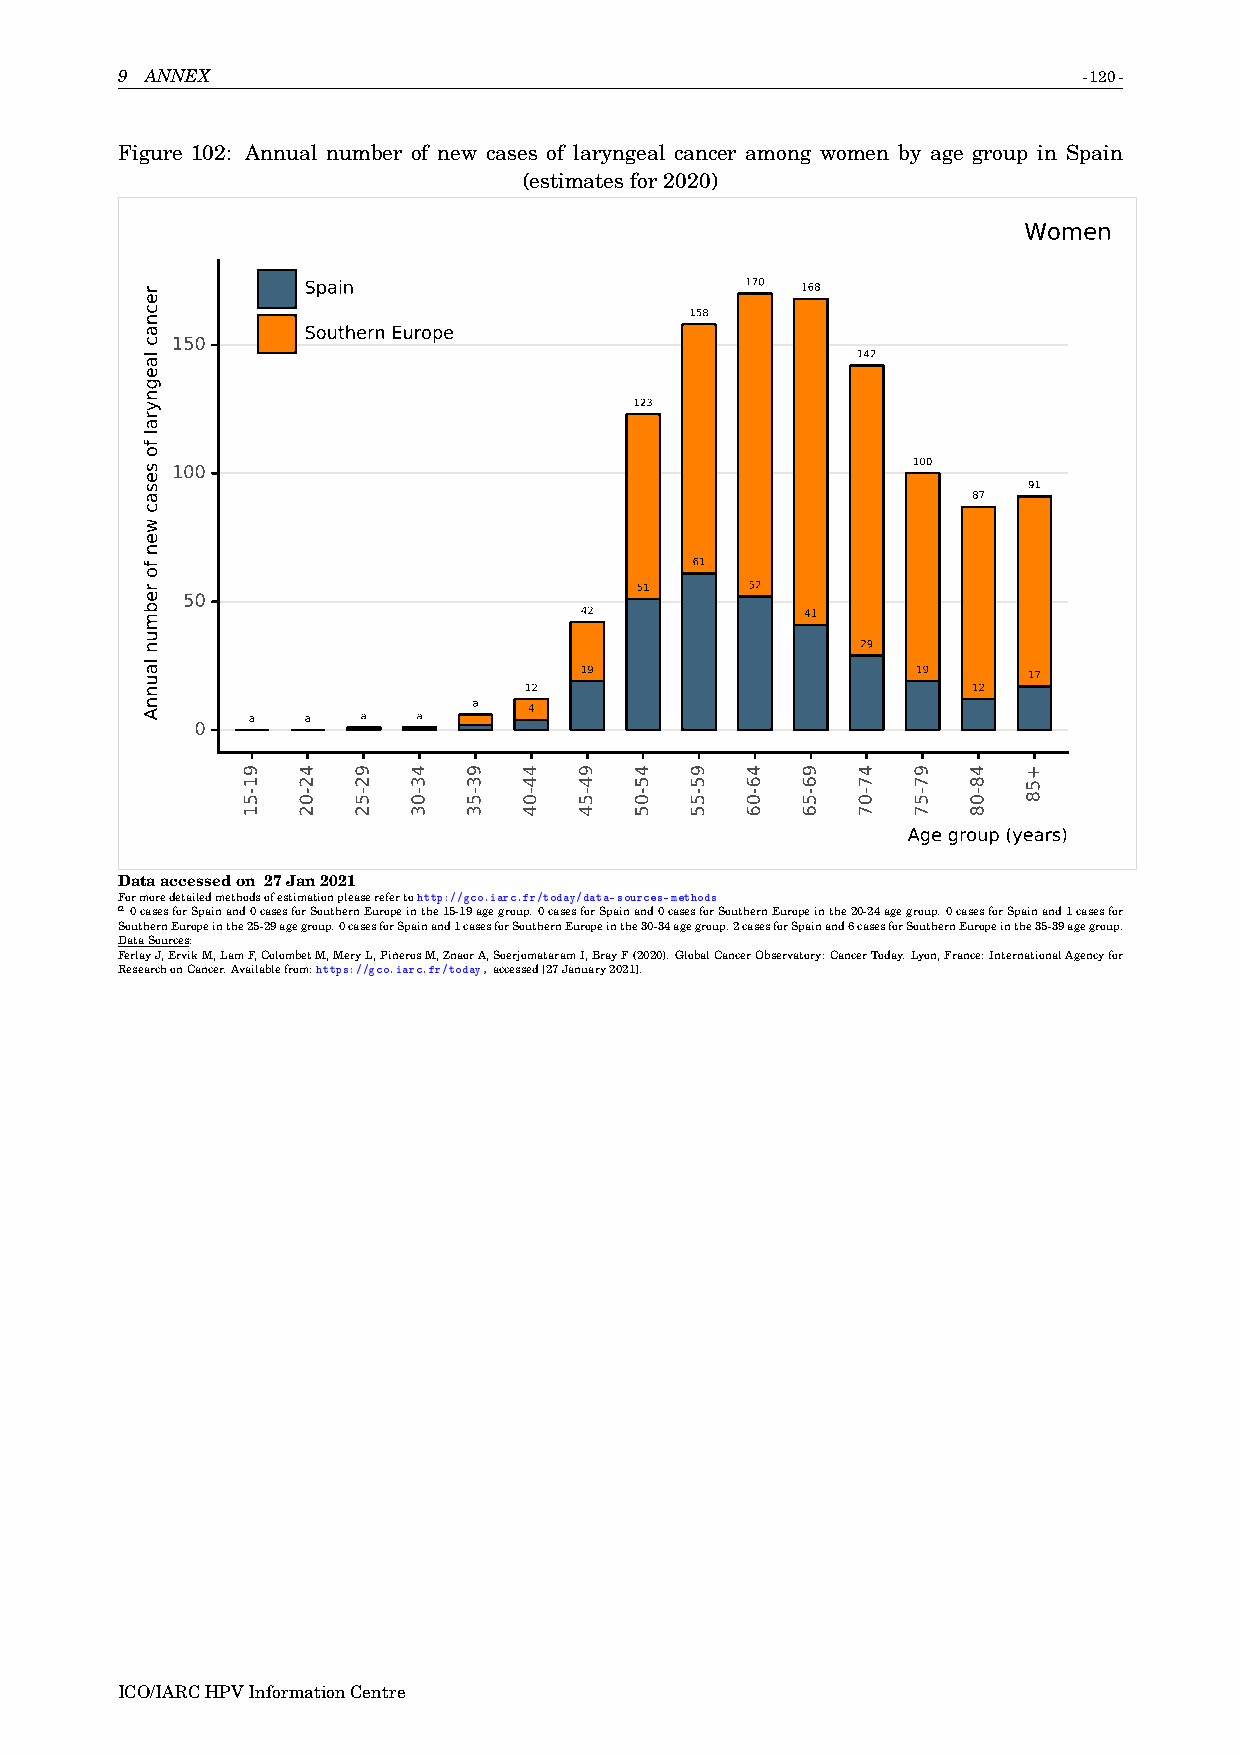
9 ANNEX                                                         -120-
 Figure 102: Annual number of new cases of laryngeal cancer among women by age group in Spain
 (estimatesfor2020)
 Women
 Spain                        170 168
 158
 Southern Europe
 150
 142
 123
 100 100
 91
 87
 61
 51      52
 50
 42             41
 29
 19                     19     17
 12                           12
 a   4
 a   a   a   a
 0
 Age group (years)
 Dataaccessedon 27Jan2021
 Formoredetailedmethodsofestimationpleaserefertohttp://gco.iarc.fr/today/data-sources-methods
 a0casesforSpainand0casesforSouthernEuropeinthe15-19agegroup.0casesforSpainand0casesforSouthernEuropeinthe20-24agegroup.0casesforSpainand1casesfor
 SouthernEuropeinthe25-29agegroup.0casesforSpainand1casesforSouthernEuropeinthe30-34agegroup.2casesforSpainand6casesforSouthernEuropeinthe35-39agegroup.
 DataSources:
 FerlayJ,ErvikM,LamF,ColombetM,MeryL,PiñerosM,ZnaorA,SoerjomataramI,BrayF(2020).GlobalCancerObservatory:CancerToday.Lyon,France:InternationalAgencyfor
 ResearchonCancer.Availablefrom:https://gco.iarc.fr/today,accessed[27January2021].
 ICO/IARCHPVInformationCentre
 recnac
 laegnyral
 fo
 sesac
 wen
 fo
 rebmun
 launnA
 91-51 42-02 92-52 43-03 93-53 44-04 94-54 45-05 95-55 46-06 96-56 47-07 97-57 48-08 +58